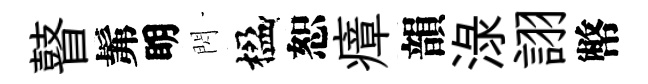
瞽髴眀閃楹恕瘴韻渌詡幣